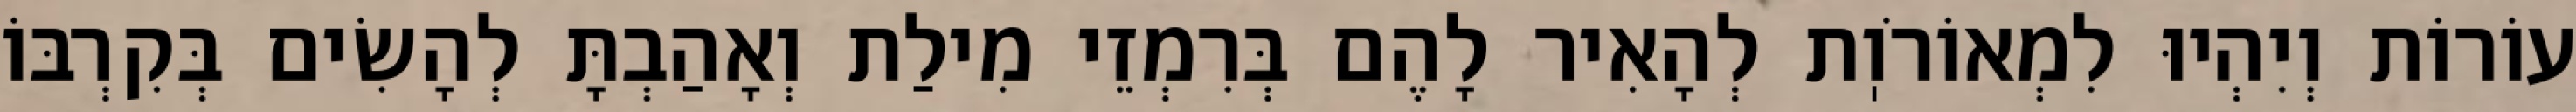
עוֹרוֹת וְיִהְיוּ לִמְאוֹרֹוֽת לְהָאִיר לָהֶם בְּרִמְזֵי מִילַת וְאָהַבְתָּ לְהָשִׂים בְּקִרְבּוֹ